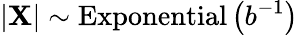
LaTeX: \left|\mathbf{X}\right|\sim{\textrm{{Exponential}}}\left(b^{-1}\right)